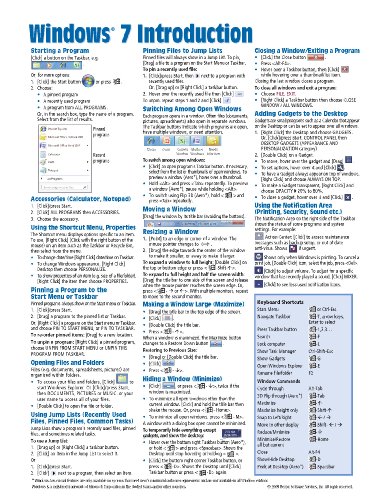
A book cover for Windows 7 Quick Reference Guide (Cheat Sheet of Instructions, Tips & Shortcuts - Laminated Card); Beezix Inc; Computers & Technology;